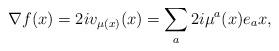
LaTeX: \begin{align*}\nabla f(x) = 2i v_{\mu(x)}(x) = \sum_a 2 i \mu^a(x) e_a x,\end{align*}